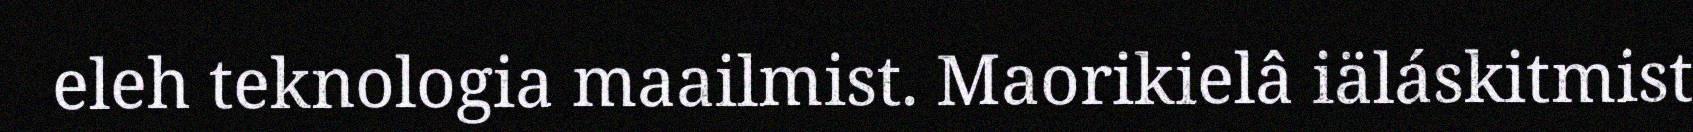
eleh teknologia maailmist. Maorikielâ iäláskitmist